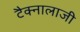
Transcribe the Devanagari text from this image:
टैक्नालाजी